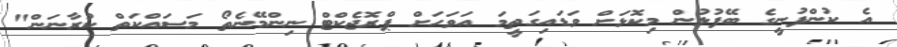
އެ ކުންފުނީގެ ބޭފުޅުން މިކޮޅަށް ވަޑައިގަތީމަ އަވަހަށް ޕްރޮޖެކްޓް ނިންމޭނެތޯ މަސައްކަތް ކުރާނަން"